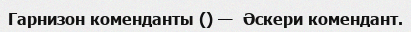
Гарнизон коменданты () —  Әскери комендант.